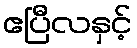
ဧပြီလနှင့်